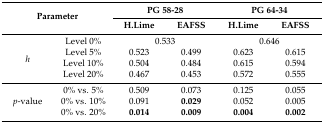
<table><thead><tr><td rowspan="2" colspan="2"><b>Parameter</b></td><td colspan="2"><b>PG 58-28</b></td><td colspan="2"><b>PG 64-34</b></td></tr><tr><td><b>H.Lime</b></td><td><b>EAFSS</b></td><td><b>H.Lime</b></td><td><b>EAFSS</b></td></tr></thead><tbody><tr><td rowspan="4"><i>h</i></td><td>Level 0%</td><td colspan="2">0.533</td><td colspan="2">0.646</td></tr><tr><td>Level 5%</td><td>0.523</td><td>0.499</td><td>0.623</td><td>0.615</td></tr><tr><td>Level 10%</td><td>0.504</td><td>0.484</td><td>0.615</td><td>0.594</td></tr><tr><td>Level 20%</td><td>0.467</td><td>0.453</td><td>0.572</td><td>0.555</td></tr><tr><td rowspan="3"><i>p</i>-value</td><td>0% vs. 5%</td><td>0.509</td><td>0.073</td><td>0.125</td><td>0.055</td></tr><tr><td>0% vs. 10%</td><td>0.091</td><td><b>0.029</b></td><td>0.052</td><td>0.005</td></tr><tr><td>0% vs. 20%</td><td><b>0.014</b></td><td><b>0.009</b></td><td><b>0.004</b></td><td><b>0.002</b></td></tr></tbody></table>